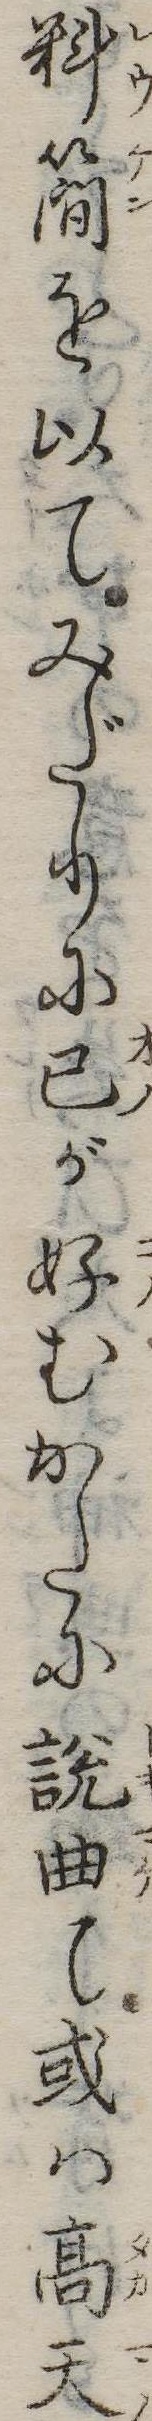
料簡を以てみだりに己が好むかたに説曲て或は高天